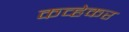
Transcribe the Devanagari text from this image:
कव्हेकर